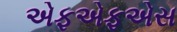
એફએફએસ